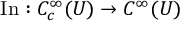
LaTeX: \operatorname { I n } : C _ { c } ^ { \infty } ( U ) \to C ^ { \infty } ( U )